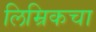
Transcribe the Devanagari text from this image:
लिम्रिकचा